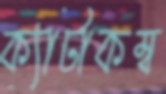
ক্যাটাকম্ব